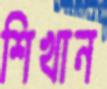
শিখান